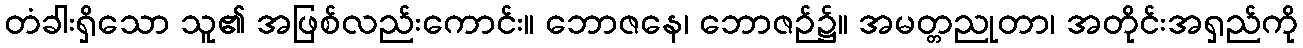
တံခါးရှိသော သူ၏ အဖြစ်လည်းကောင်း။ ဘောဇနေ၊ ဘောဇဉ်၌။ အမတ္တညုတာ၊ အတိုင်းအရှည်ကို